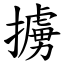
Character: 擄